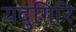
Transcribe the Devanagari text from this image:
यदुगिरि